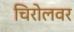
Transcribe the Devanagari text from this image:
चिरोलवर